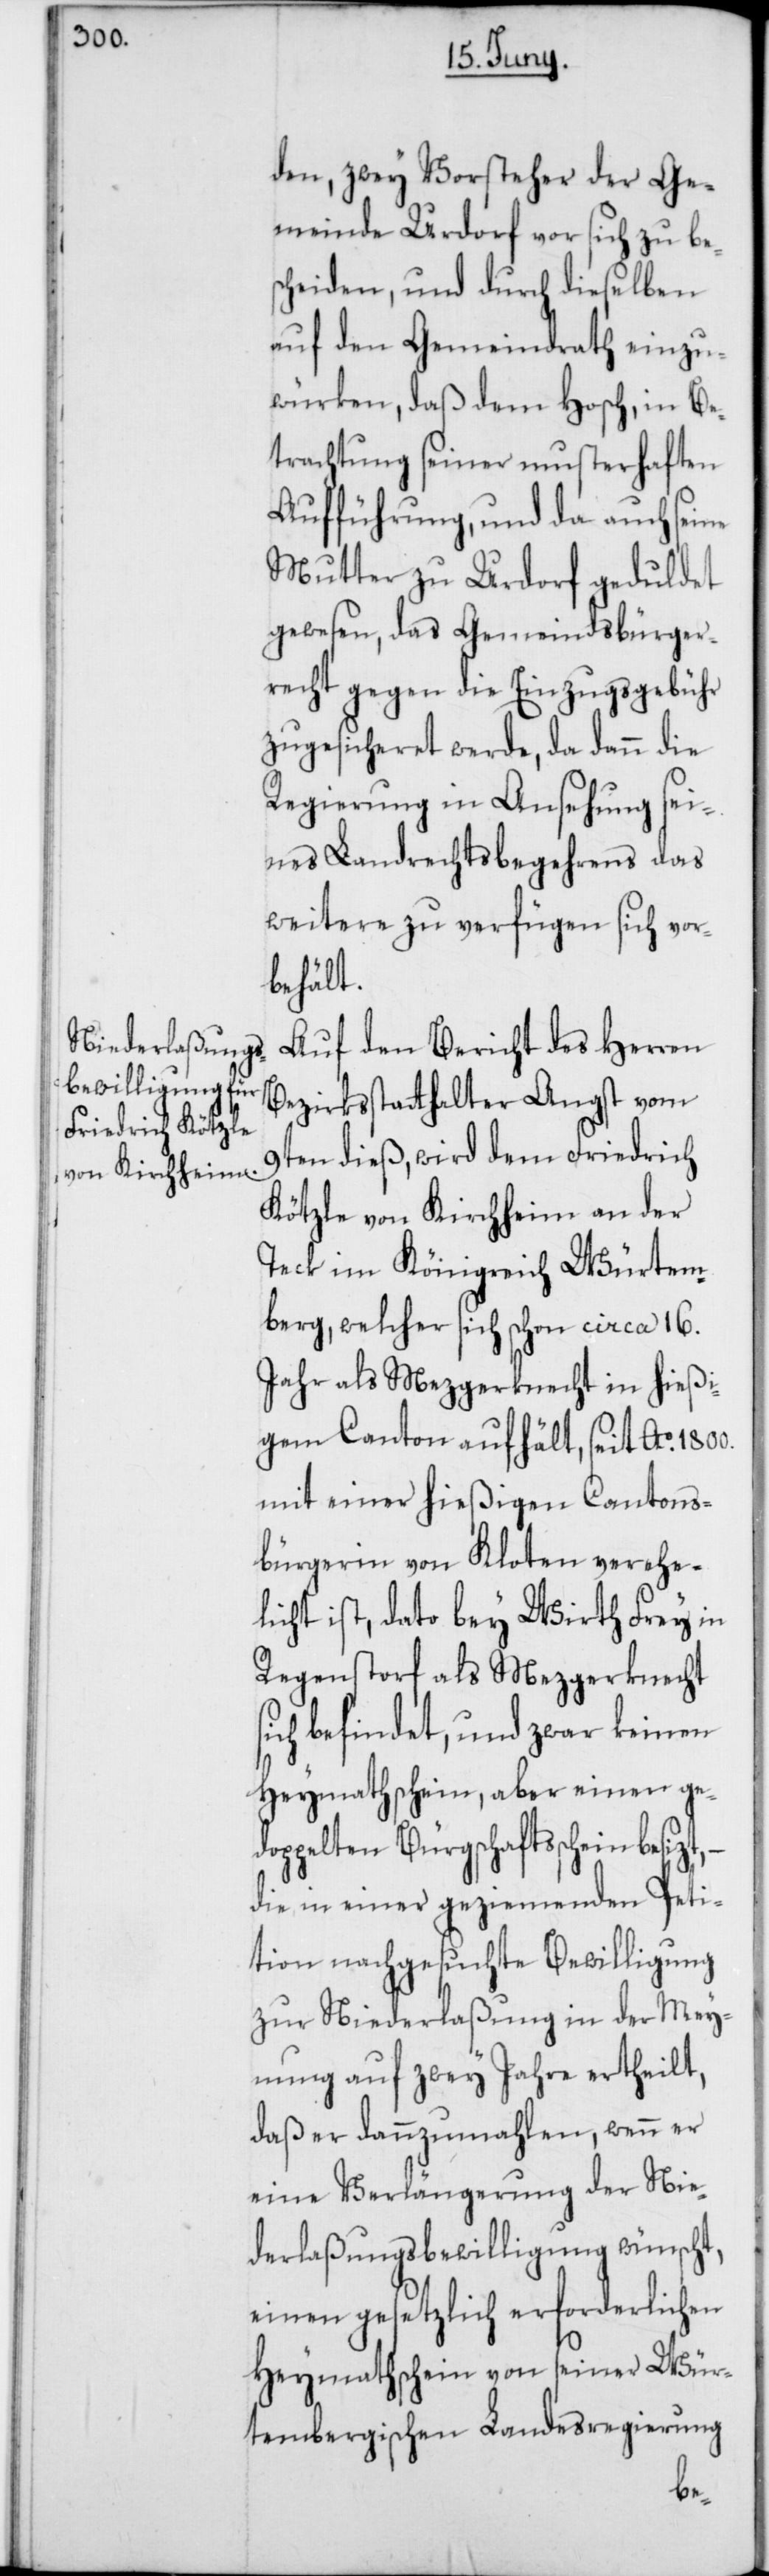
den, zwey Vorsteher der Ge¬
meinde Urdorf vor sich zu be¬
scheiden, und durch dieselben
auf den Gemeindrath einzu¬
würken, daß dem Hosch, in Be¬
trachtung seiner musterhaften
Aufführung, und da auch seine
Mutter zu Urdorf geduldet
gewesen, das Gemeindsbürger¬
recht gegen die Einzugsgebühr
zugesicheret werde, da dann die
Regierung in Ansehung sei¬
nes Landrechtsbegehrens das
Weitere zu verfügen sich vor¬
behält.
Auf den Bericht des Herren
Bezirksstatthalter Angst vom
9ten dieß, wird dem Friedrich
Kötzle von Kirchheim an der
Teck im Königreich Würtem¬
berg, welcher sich schon circa 16.
Jahr als Mezgerknecht in hießi¬
gem Canton aufhält, seit Ao 1800.
mit einer hießigen Cantons¬
bürgerin von Kloten verehe¬
licht ist, dato bey Wirth Frey in
Regenstorf als Mezgerknecht
sich befindet, und zwar keinen
Heymathschein, aber einen ge¬
doppelten Bürgschaftsschein besi¬
die in einer geziemenden Peti¬
tion nachgesuchte Bewilligung
zur Niederlaßung in der Mey¬
nung auf zwey Jahre ertheilt,
daß er dannzumahlen, wenn er
eine Verlängerung der Nie¬
derlaßungsbewilligung wünscht,
einen gesetzlich erforderlichen
Heymathschein von seiner Wür¬
tembergischen Landesregierung
zt,